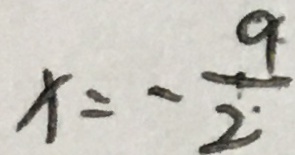
x = - \frac { 9 } { 2 }